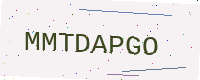
Text: MMTDAPGO